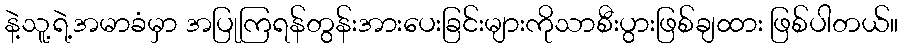
နဲ့သူ့ရဲ့အမာခံမှာ အပြုကြရန်တွန်းအားပေးခြင်းများကိုသာစီးပွားဖြစ်ချထား ဖြစ်ပါတယ်။